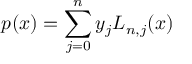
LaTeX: p ( x ) = \sum _ { j = 0 } ^ { n } y _ { j } L _ { n , j } ( x )